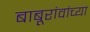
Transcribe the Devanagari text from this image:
बाबूरांवांच्या